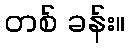
တစ် ခန်း။